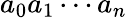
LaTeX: a_{0}a_{1}\cdots a_{n}